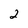
Character: 2